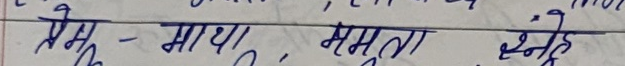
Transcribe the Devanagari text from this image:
प्रेम - माया, ममता, स्नेह